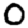
Digit: 0